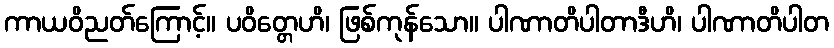
ကာယဝိညတ်ကြောင့်။ ပဝိတ္တေဟိ၊ ဖြစ်ကုန်သော။ ပါဏာတိပါတာဒီဟိ၊ ပါဏာတိပါတ